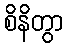
စိနိတွာ